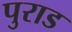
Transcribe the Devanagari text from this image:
पुराड